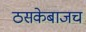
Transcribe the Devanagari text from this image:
ठसकेबाजच